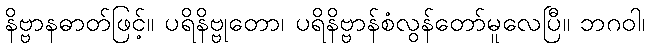
နိဗ္ဗာနဓာတ်ဖြင့်။ ပရိနိဗ္ဗုတော၊ ပရိနိဗ္ဗာန်စံလွန်တော်မူလေပြီ။ ဘဂဝါ၊